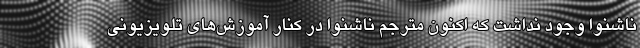
ناشنوا وجود نداشت که اکنون مترجم ناشنوا در کنار آموزش‌های تلویزیونی